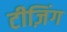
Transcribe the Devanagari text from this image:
टीज़िंग